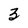
Character: 3